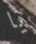
يا